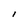
Character: l